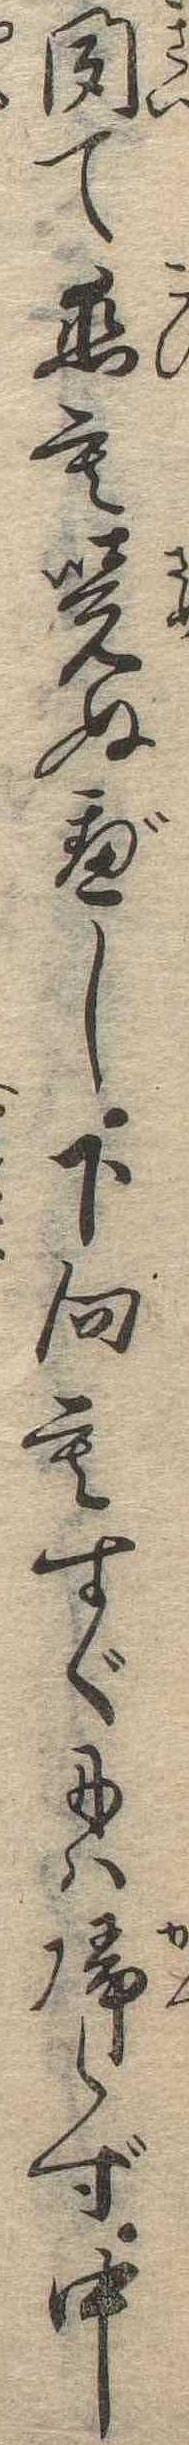
聞て恋も覚ぬべし下向もすぐには帰らず中